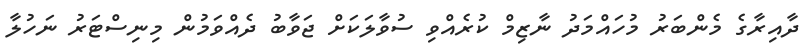
ދާއިރާގެ މެންބަރު މުހައްމަދު ނާޒިމް ކުރެއްވި ސުވާލަކަށް ޖަވާބު ދެއްވަމުން މިނިސްޓަރު ނަހުލާ